NAE_EAOK_eestikeelsed_sunnimeetrikad, lk 44
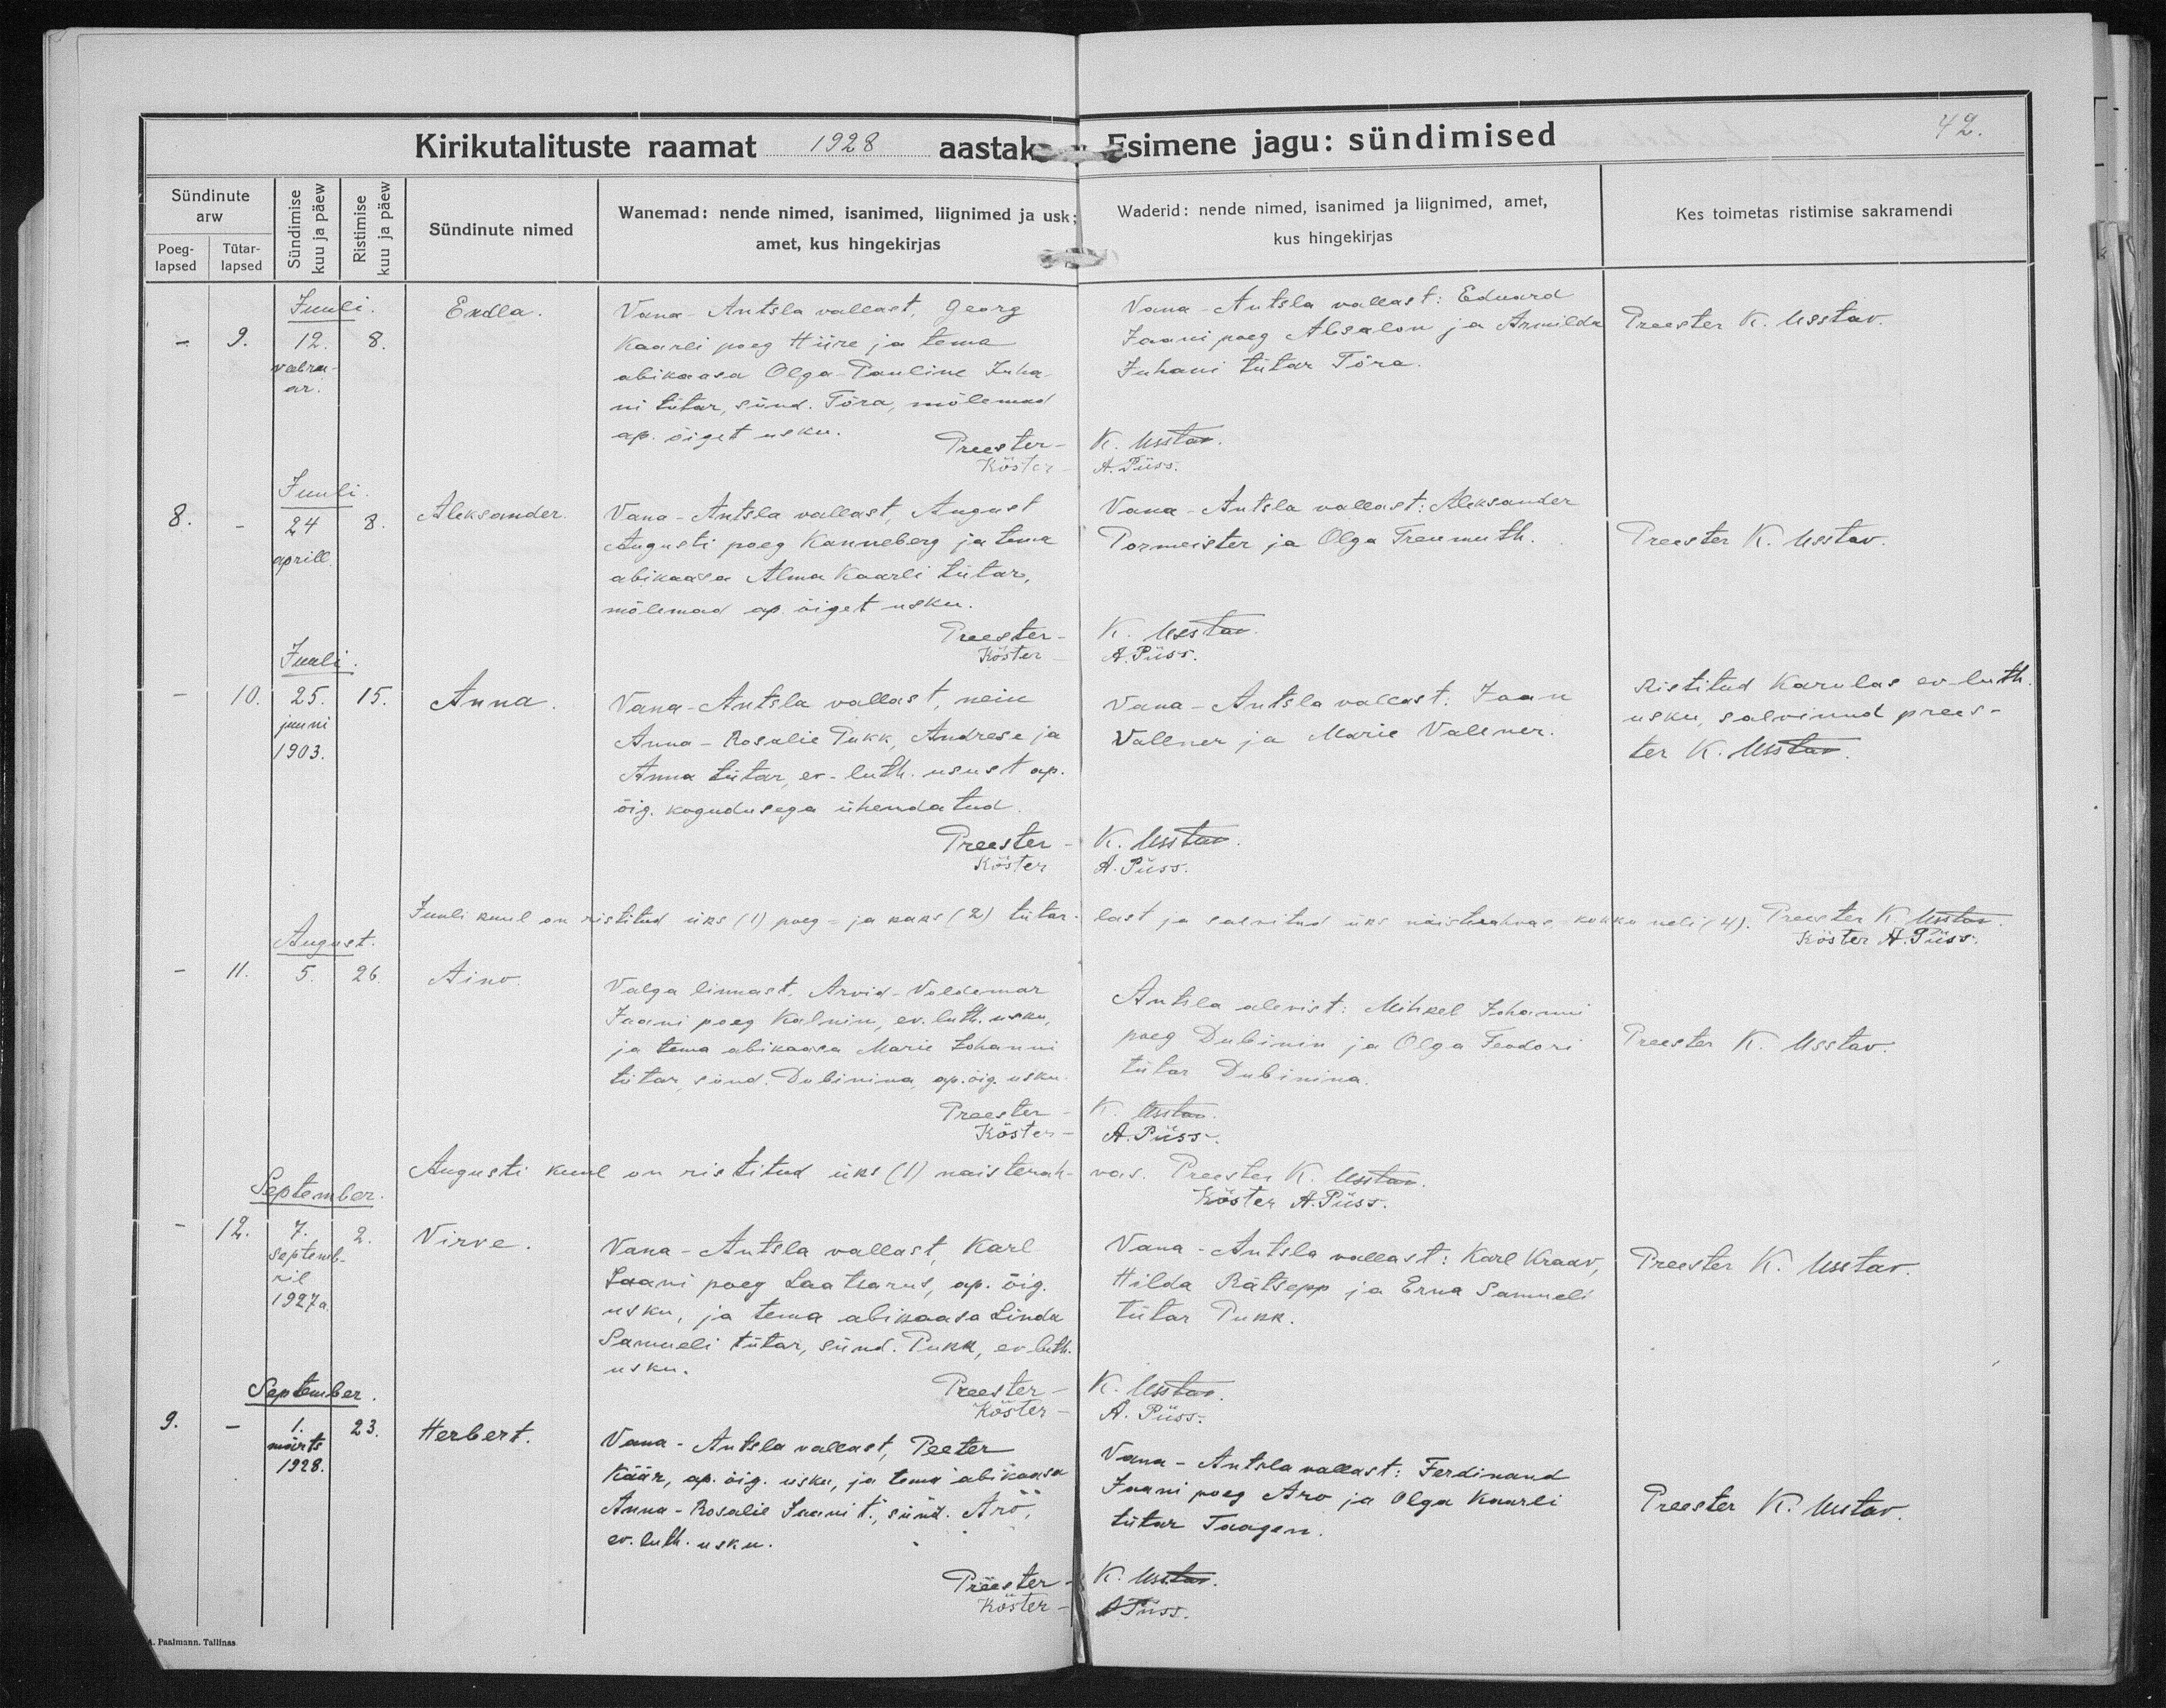
Endla.

Aleksander

Anna.

Aino.

Virve

Herbert.

Vana-Antsla vallast, Georg
Kaarli poeg Hiire ja tema
abikaasa Olga Pauline Juha-
ni tütar, sünd. Põra, mõlemad
ap. õiget usku.

Vana-Antsla vallast August
Augusti poeg Kanneberg ja tema
abikaasa Alma Kaarli tütar,
mõlemad ap. õiget usku.

Vana-Antsla vallast, neiu
Anna-Rosalie Pukk, Andrese ja 
Anna tütar, ev-luth usust ap.
õig. kogudusega ühendatud.

Valga linnast, Arvid Voldemar
Jaani poeg Kalninm ev. luth. usku,
ja tema abikaasa Marrie Johanni
tütar, sünd. Dubinina, ap. õig. usku.

Vana-Antsla vallast, Karl
Jaani poeg Laatsarus, ap. õig.
usku, ja tema abikaasa Linda
Samueli tütar, sünd Pukk, ev. luth.
usku.

Vana-Antsla vallast, Peeter
Käär, ap. õig. usku, ja tema abikaasa
Anna-Rosalie Jaani t., sünd. Ans,
ev. luth. usku.